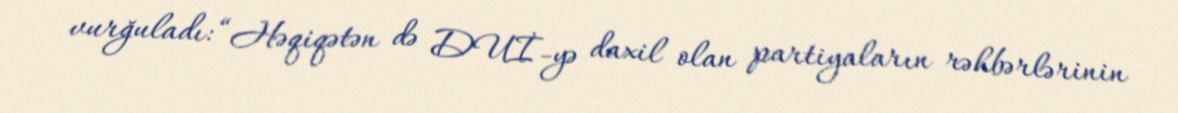
vurğuladı: “Həqiqətən də DUİ-yə daxil olan partiyaların rəhbərlərinin